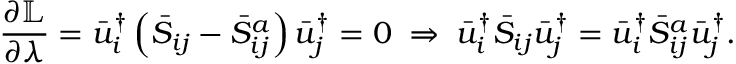
\frac { { \partial \mathbb { L } } } { { \partial \lambda } } = \bar { u } _ { i } ^ { \dag } \left( { { { \bar { S } } _ { i j } } - \bar { S } _ { i j } ^ { a } } \right) \bar { u } _ { j } ^ { \dag } = 0 \; \Rightarrow \; \bar { u } _ { i } ^ { \dag } { { \bar { S } } _ { i j } } \bar { u } _ { j } ^ { \dag } = \bar { u } _ { i } ^ { \dag } \bar { S } _ { i j } ^ { a } \bar { u } _ { j } ^ { \dag } .